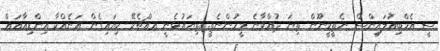
ސީ އެމްބިއުލައިންސް ނެތީކީނޫން ތިޔަ ދުއްވާނެ މީހުންނެތީ...ތިޔައުޅެނީ އއްޗެކޭ ކިޔައިގެން އަނެއްކާ އިންޑިއާއައް